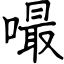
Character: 嘬